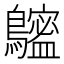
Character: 𪆮